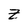
Character: Z